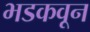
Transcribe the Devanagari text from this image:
भडकवून